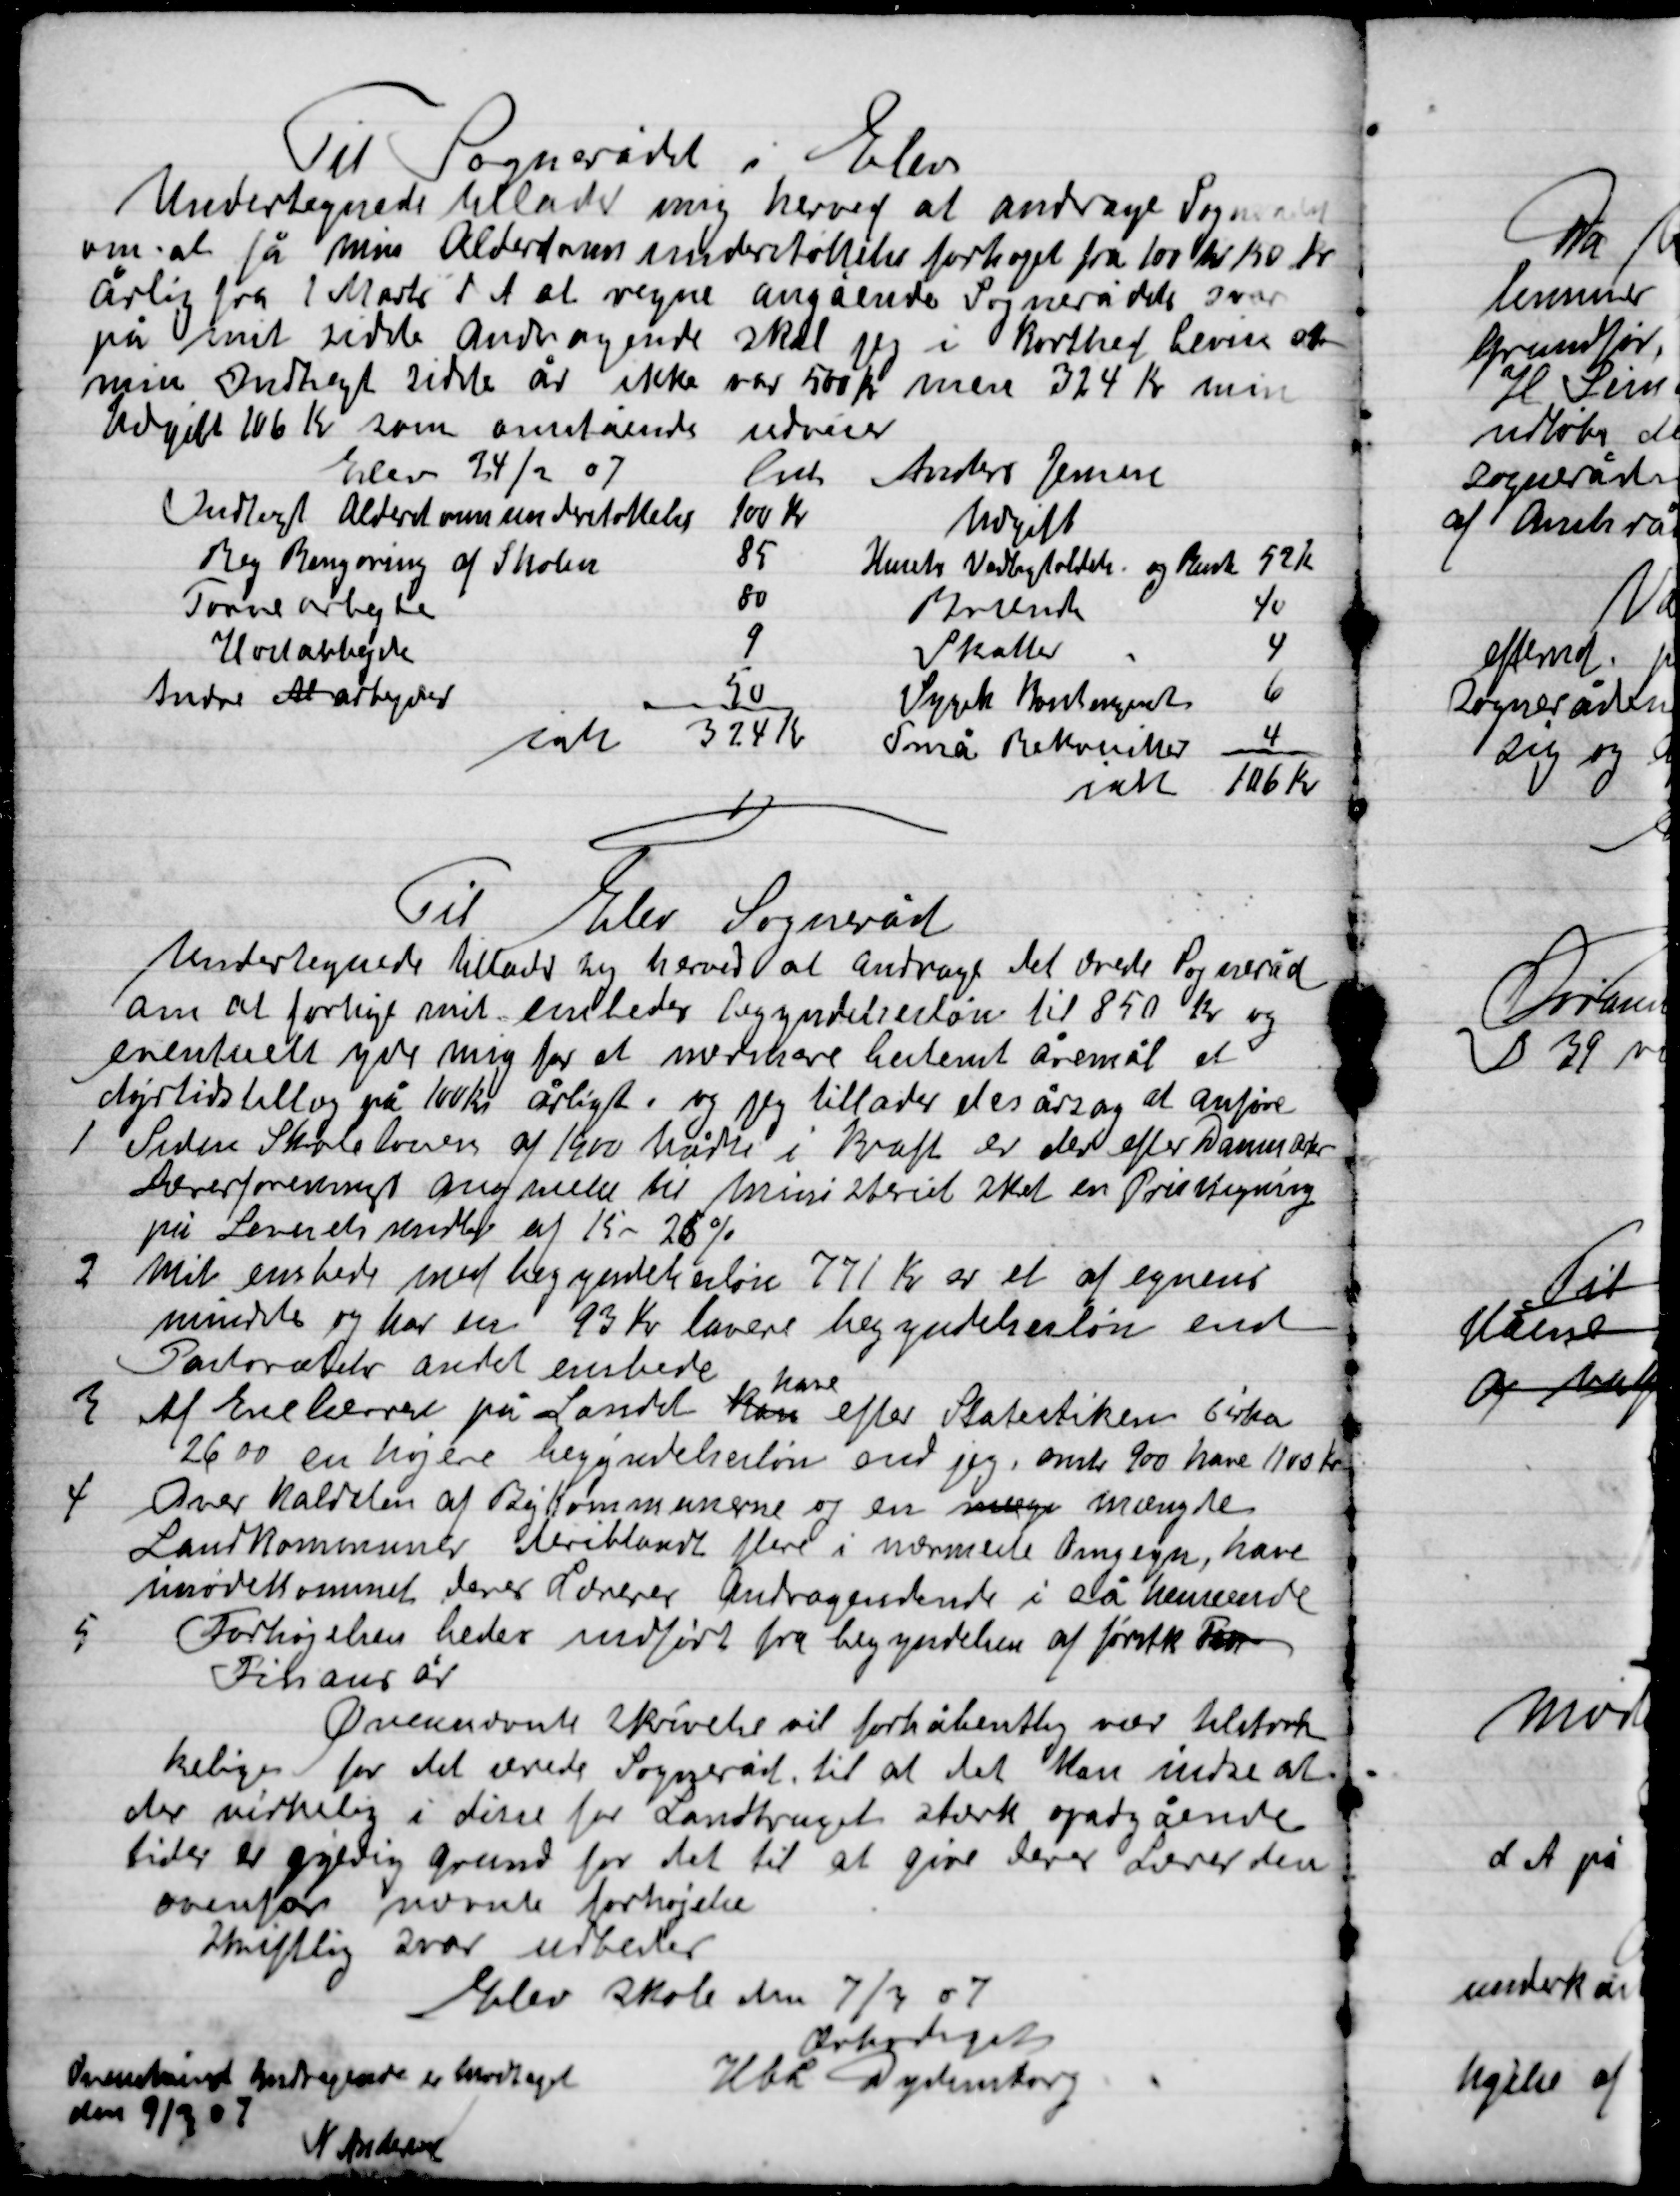
Transskription:
Til sognerådet i Elev
Undertegnede tillader mig herved at andrage Sognerådet
om at få min Alderdomsunderstøttelse forhøjet fra 100 Kr. til 150 Kr.
Årlig fra 1 Marts d. A. at regne angående Sognerådets svar
på mit sidste Andragende skal jeg i korthed bevise at
min Indtægt sidste år ikke var 500 Kr. men 324 Kr. min
Udgift 106 Kr. som omstående udviser
Elev 24/2 07
Anders Jensen
Indtægt Alderdomsunderstøttelse	100 Kr.
 Rengøring af Skolen						85
Tørvearbejde										80
Hovedarbejde			 						9
Andre Al arbejder 								50
I alt														324 Kr.
Udgift
Husets Vedligeholdelse og Rente 	52 Kr.
															40
Skatter												4
															6
Små Rekvisitter									4
ialt														106 kr.

Til Elev Sogneråd
Undertegnede tillader sig herved at Andrage det ærede Sogneråd
at forhøje mit embedes begyndelsesløn til 850 Kr. og
eventuelt yde mig for at merhave bestemt åremål et
Dyrtidstillæg på 100 Kr. årligt og jeg tillader des årsag at anføre

1

Siden Skolelovens af 1900 trådte i kraft er der efter Danmarks
Lærerforening anmeldelse til Ministeriet sket en Prisstigning
på Levnetsmidler af 15-25 %

2

Mit embede med begynderløn 771 Kr. er et af egnens
mindste og har en 93 Kr. lavere begyndelsesløn end
Pastoratets andet embede.

3

Af Enelærer på Landet kan
have
efter Statistikken cirka
2600 en højere begyndelsesløn end jeg, omtr. 900 have 1100 Kr.

4

Over haldelen af Bykommunerne og en mænge mængde
Landkommuner deriblandt flere i nærmeste Omegn, have
Imødekommet deres Lærer Andragende i så henseende

5
Forhøjelsen bedes medført fra begyndelsen af førstk. Fan

Finans år.

Ovennævnte Skrivelse vil forhåbentlig være tilstræk-
kelig for det ærede Sogneråd, til at det Man indser at
der virkelig i disse for Landbruget stærk opadgående
tider er gyldig grund for det til at give Deres Lærer den
ovenfor nævnte forhøjelse
Skriftlig svar udbedes
Elev skole den 7/3 07

Ærbødigst
Hba. Dydensborg

er medtaget
Den 9/3 07
N. Andersen